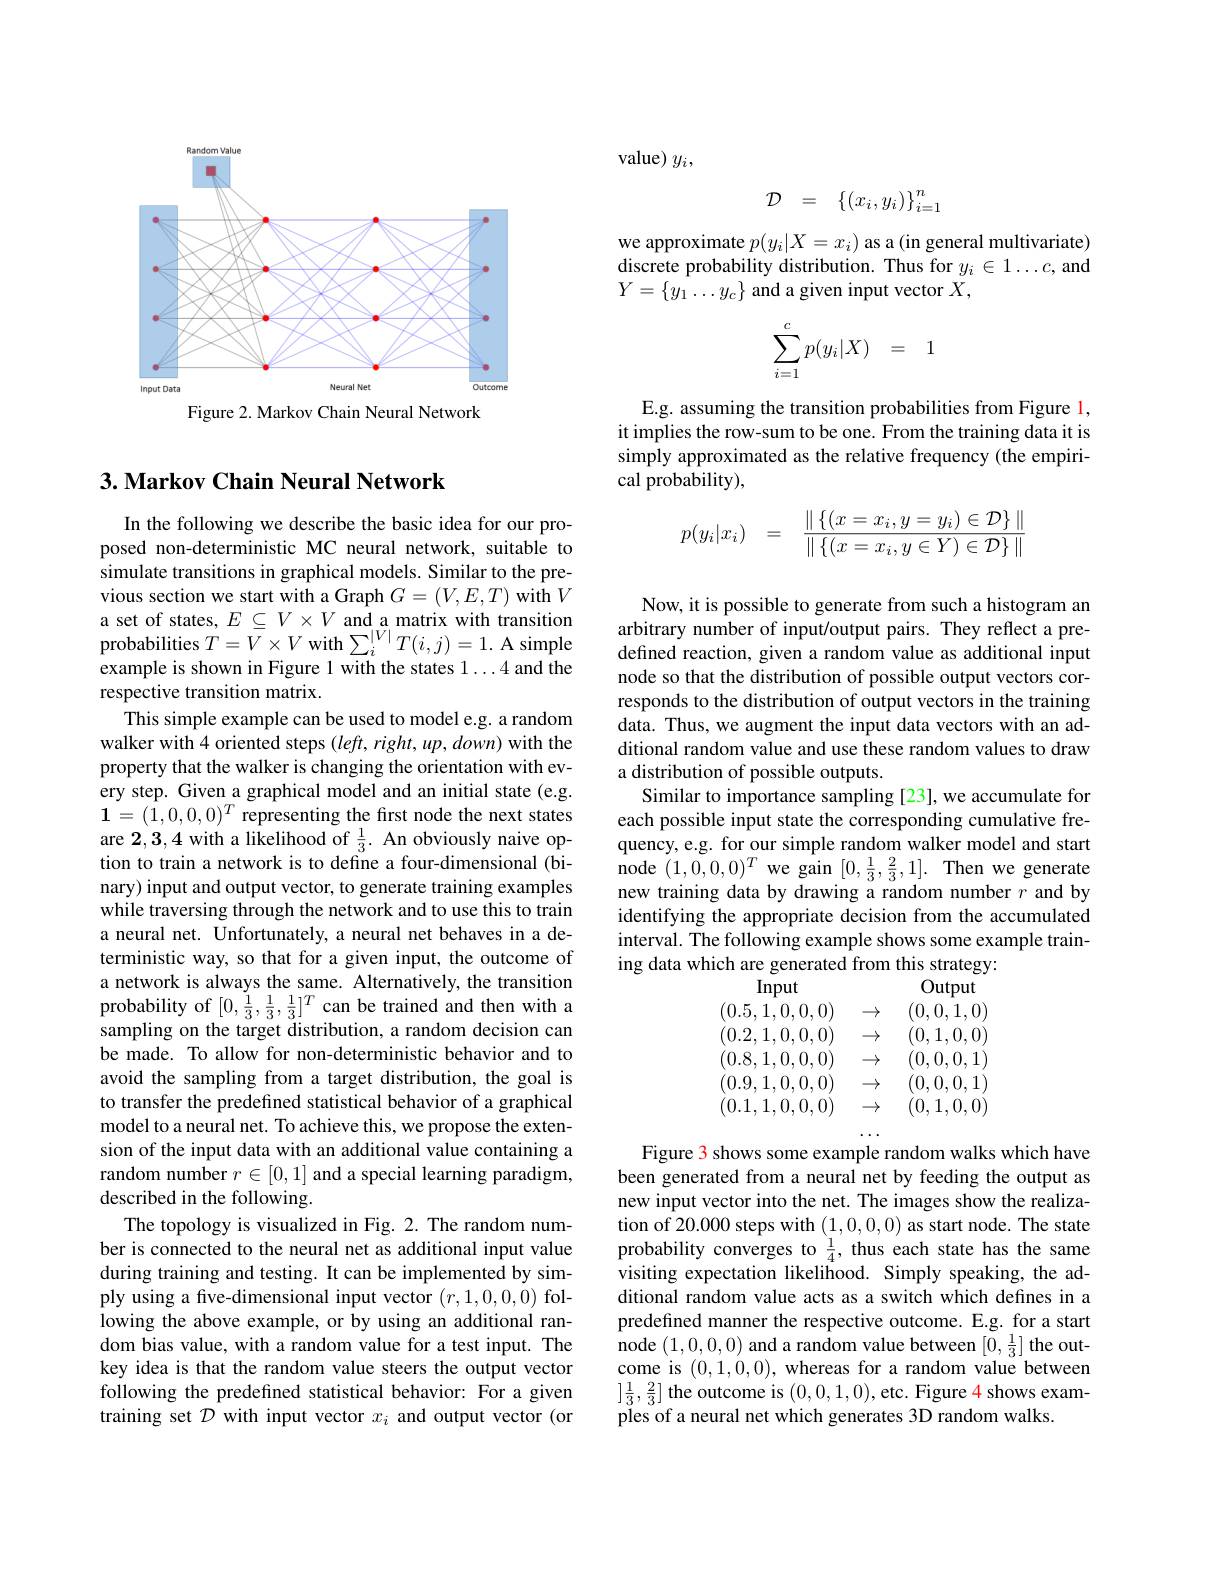
<FigureHere>
Figure 2. Markov Chain Neural Network

### $3. \textbf{Markov Chain Neural Network}$

In the following we describe the basic idea for our proposed non-deterministic MC neural network, suitable to simulate transitions in graphical models. Similar to the previous section we start with a Graph $G=(V,E,T)$ with $V$ $\begin{array}{l}\text{a set of states, }E\subseteq V\times V\text{ and a matrix with transition}\\\text{probabilities }T=V\times V\text{ with }\sum_{i}^{|V|}T(i,j)=1.\text{ A simple}\end{array}$ example is shown in Figure 1 with the states 1...4 and the respective transition matrix.
This simple example can be used to model e.g. a random walker with 4 oriented steps $(left,right,up,down)$ with the property that the walker is changing the orientation with every step. Given\_a graphical model and an initial state (e.g. $\mathbf{1}=(\hat{1},0,0,0)^{T}$ representing the first node the next states are 2,3,4 with a likelihood of $\frac13.$ An obviously naive option to train a network is to define a four-dimensional (binary) input and output vector, to generate training examples while traversing through the network and to use this to train a neural net. Unfortunately, a neural net behaves in a deterministic way, so that for a given input, the outcome of a network is always the same. Alternatively, the transition probability of $[0,\frac13,\frac13,\frac13]^T$ can be trained and then with a sampling on the target distribution, a random decision can be made. To allow for non-deterministic behavior and to avoid the sampling from a target distribution, the goal is to transfer the predefined statistical behavior of a graphical model to a neural net. To achieve this, we propose the extension of the input data with an additional value containing a random number $r\in[0,1]$ and a special learning paradigm, described in the following.
The topology is visualized in Fig. 2. The random number is connected to the neural net as additional input value during training and testing. It can be implemented by simply using a five-dimensional input vector $(r,1,0,0,0)$ following the above example, or by using an additional random bias value, with a random value for a test input. The key idea is that the random value steers the output vector following the predefined statistical behavior: For a given training set $\mathcal{D}$ with input vector $x_i$ and output vector (or

value) $y_i$,
$$\begin{array}{rcl}\mathcal{D}&=&\{(x_i,y_i)\}_{i=1}^n\end{array}$$
we approximate $p(y_i|X=x_i)$ as a (in general multivariate) discrete probability distribution. Thus for $y_i\in1\ldots c$, and $Y=\{y_1\ldots y_c\}$ and a given input vector $X$,
$$\displaystyle\sum_{i=1}^cp(y_i|X)\quad=\quad1$$
E.g. assuming the transition probabilities from Figure l, it implies the row-sum to be one. From the training data it is simply approximated as the relative frequency (the empirical probability),
$$p(y_i|x_i)\quad=\quad\frac{\parallel\{(x=x_i,y=y_i)\in\mathcal{D}\}\parallel}{\parallel\{(x=x_i,y\in Y)\in\mathcal{D}\}\parallel}$$
Now, it is possible to generate from such a histogram an arbitrary number of input/output pairs. They reflect a predefined reaction, given a random value as additional input node so that the distribution of possible output vectors corresponds to the distribution of output vectors in the training data. Thus, we augment the input data vectors with an additional random value and use these random values to draw a distribution of possible outputs.
Similar to importance sampling [23], we accumulate for each possible input state the corresponding cumulative frequency, e.g. for our simple random walker model and start node $(1,0,0,0)^T$ we gain $[0,\frac13,\frac23,1].$ Then we generate new training data by drawing a random number $r$ and by identifying the appropriate decision from the accumulated interval. The following example shows some example training data which are generated from this strategy:
$$\begin{aligned}&\text{mpu}\\&(0.5,1,0,0,0)\rightarrow(0,0,1,0)\\&(0.2,1,0,0,0)\rightarrow(0,1,0,0)\\&(0.8,1,0,0,0)\rightarrow(0,0,0,1)\\&(0.9,1,0,0,0)\rightarrow(0,0,0,1)\\&(0.1,1,0,0,0)\rightarrow(0,1,0,0)\\\end{aligned}$$
Figure 3 shows some example random walks which have been generated from a neural net by feeding the output as new input vector into the net. The images show the realization of 20.000 steps with (1,0,0,0) as start node. The state probability converges to $\frac14$, thus each state has the same visiting expectation likelihood. Simply speaking, the additional random value acts as a switch which defines in a predefined manner the respective outcome. E.g. for a start node (1,0,0,0) and a random value between $[ 0, \frac 13]$ the out- come is (0,1,0,0), whereas for a random value between $]\frac{1}{3},\frac{2}{3}]$ the outcome is (0,0,1,0),etc. Figure 4 shows examples of a neural net which generates 3D random walks.